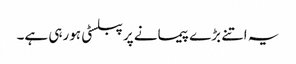
یہ اتنے بڑے پیمانے پر پبلسٹی ہورہی ہے۔